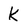
Character: k